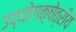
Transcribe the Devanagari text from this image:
उद्योगक्षेत्रीय